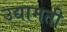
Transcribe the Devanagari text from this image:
उद्यामती